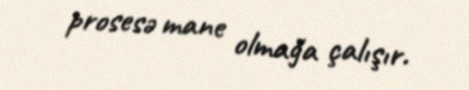
prosesə mane olmağa çalışır.